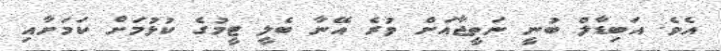
އެވެ. އަބިޑާލް ބުނީ ނަތީޖާއަށް ވުރެ އޭނާ ބެލީ ޓީމުގެ ކުޅުމަށް ކަމަށާއި